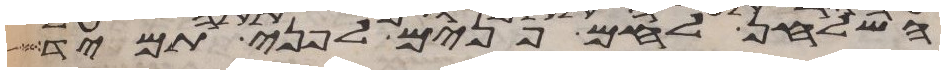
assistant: השלחן לחם פנים לפני תמיד